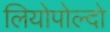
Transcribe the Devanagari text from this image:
लियोपोल्दो